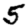
Digit: 5